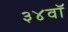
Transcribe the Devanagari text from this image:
३४वॉ